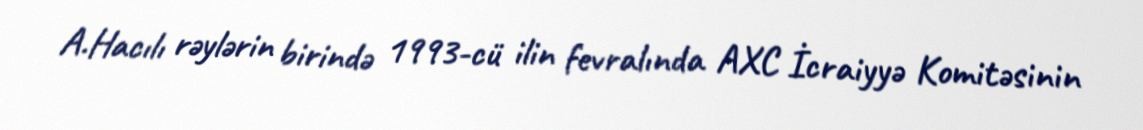
A.Hacılı rəylərin birində 1993-cü ilin fevralında AXC İcraiyyə Komitəsinin